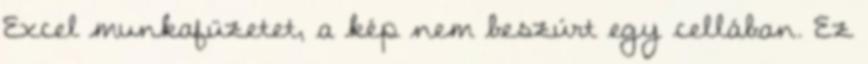
Excel munkafüzetet, a kép nem beszúrt egy cellában. Ez